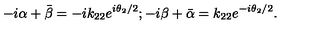
- i \alpha + \bar { \beta } = - i k _ { 2 2 } e ^ { i \theta _ { 2 } / 2 } ; - i \beta + \bar { \alpha } = k _ { 2 2 } e ^ { - i \theta _ { 2 } / 2 } .